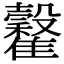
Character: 𩁡